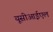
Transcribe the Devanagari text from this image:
यूसीआईएल